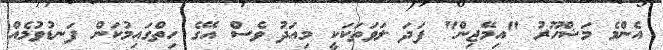
އެންމެ މަޝްހޫރު "އިމޭޖިން" ފަދަ ލަވަތަކަކީ މިއަދު ވެސް އޭގެ ހިތްގައިމުކަން ފަނޑުވުމެއް